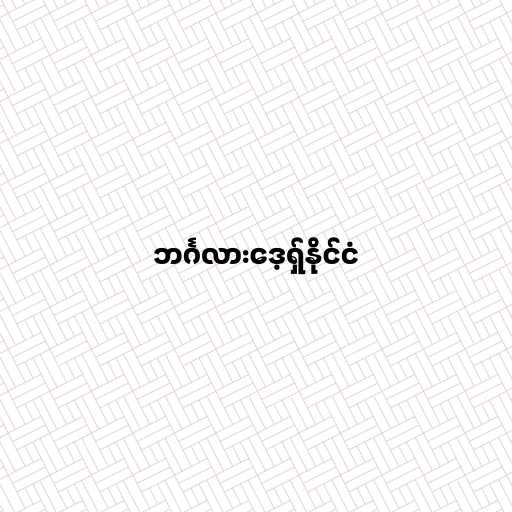
ဘင်္ဂလားဒေ့ရှ်နိုင်ငံ